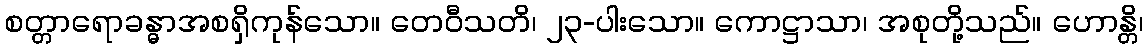
စတ္တာရောခန္ဓာအစရှိကုန်သော။ တေဝီသတိ၊ ၂၃-ပါးသော။ ကောဋ္ဌာသာ၊ အစုတို့သည်။ ဟောန္တိ၊